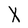
Character: X